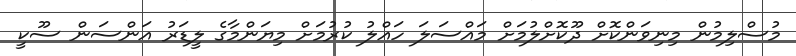
މުސްލިމުން މިނިވަންކޮށް ދޫކޮށްލުމަށް މައްސަލަ ހައްލު ކުރުމަށް މިޔަންމާގެ ލީޑަރު އަންސަން ސޫކީ